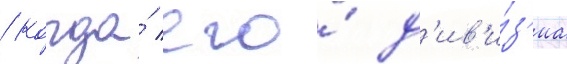
/ когда́ его́ д'ив'и́з'иа